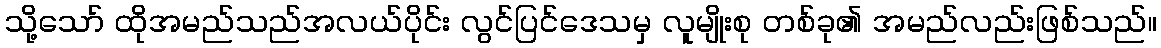
သို့သော် ထိုအမည်သည်အလယ်ပိုင်း လွင်ပြင်ဒေသမှ လူမျိုးစု တစ်ခု၏ အမည်လည်းဖြစ်သည်။